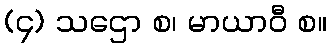
(၄) သဌော စ၊ မာယာဝီ စ။